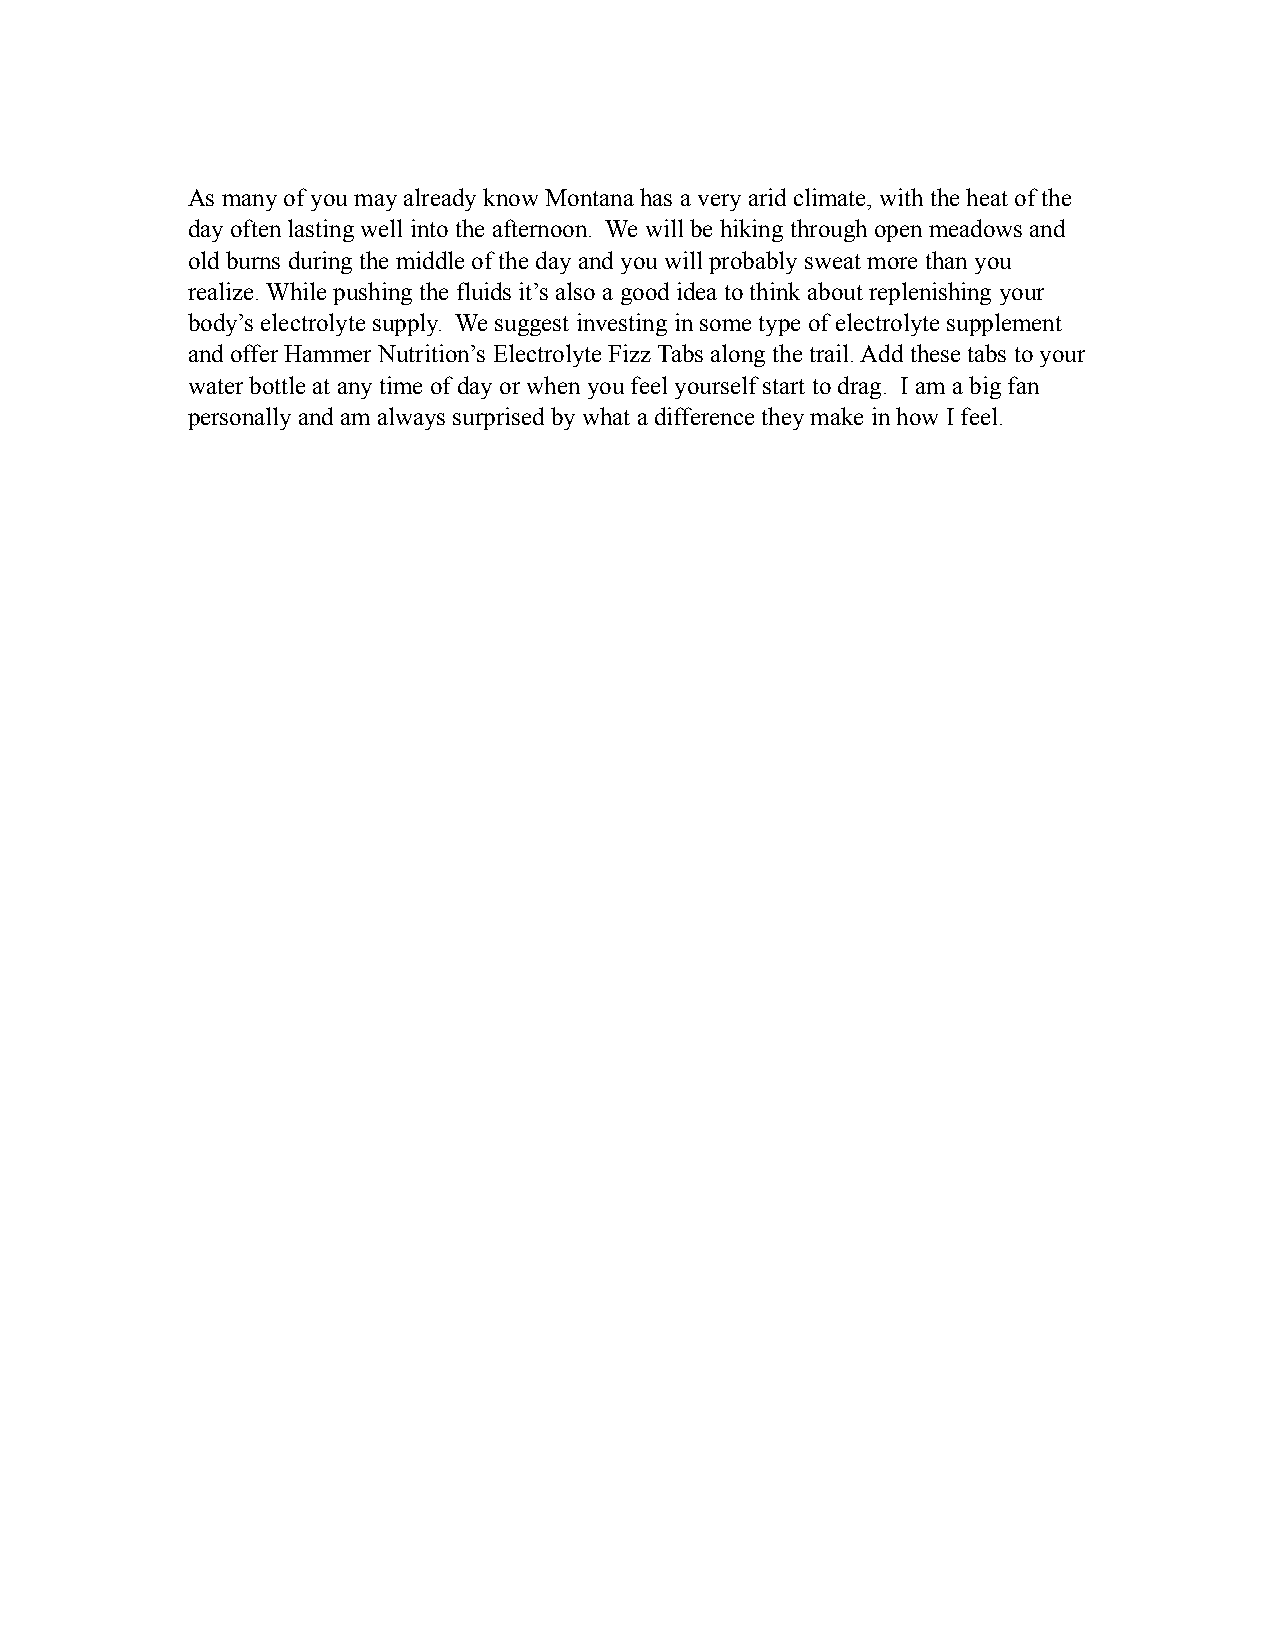
As many of you may already know Montana has a very arid climate, with the heat of the
 day often lasting well into the afternoon. We will be hiking through open meadows and
 old burns during the middle of the day and you will probably sweat more than you
 realize. While pushing the fluids it’s also a good idea to think about replenishing your
 body’s electrolyte supply. We suggest investing in some type of electrolyte supplement
 and offer Hammer Nutrition’s Electrolyte Fizz Tabs along the trail. Add these tabs to your
 water bottle at any time of day or when you feel yourself start to drag. I am a big fan
 personally and am always surprised by what a difference they make in how I feel.